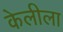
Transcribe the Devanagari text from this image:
केलीला